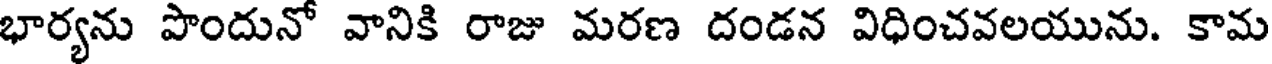
భార్యను పొందునో వానికి రాజు మరణ దండన విధించవలయును. కామ